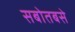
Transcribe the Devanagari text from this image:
सबोतबसे